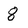
Character: 8